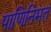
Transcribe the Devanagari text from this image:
पाणिनिमत